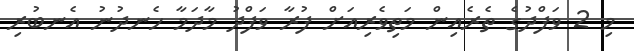
މި 2 ވަފްދުގެ ތެރެއިން މަތިވެރިއަށް ފުރާ ވަފްދު މާދަމާ ހެނދުނު އެނބުރި